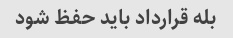
بله قرارداد باید حفظ شود